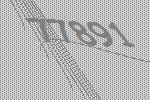
77891